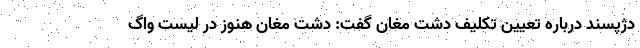
دژپسند درباره تعیین تکلیف دشت مغان گفت: دشت مغان هنوز در لیست واگ